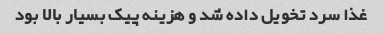
غذا سرد تخویل داده شد و هزینه پیک بسیار بالا بود